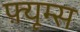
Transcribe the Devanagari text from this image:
फ़्यूम्स